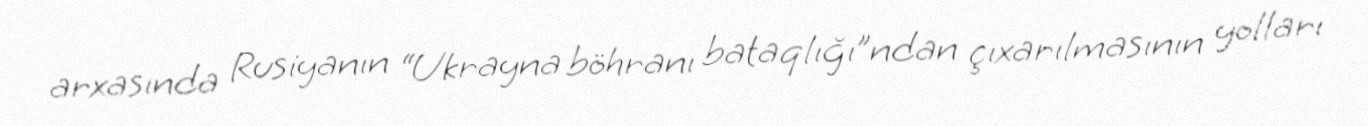
arxasında Rusiyanın “Ukrayna böhranı bataqlığı”ndan çıxarılmasının yolları